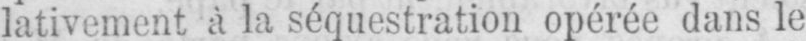
lativement à la séquestration opérée dans le